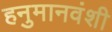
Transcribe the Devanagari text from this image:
हनुमानवंशी